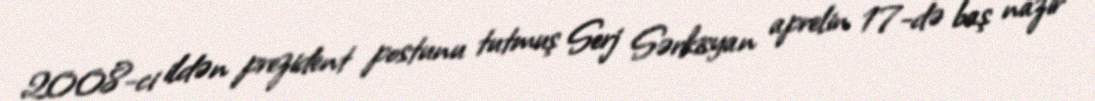
2008-ci ildən prezident postunu tutmuş Serj Sərkisyan aprelin 17-də baş nazir